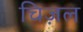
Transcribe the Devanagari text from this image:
चिज़ल